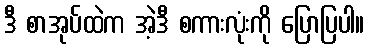
ဒီ စာအုပ်ထဲက အဲ့ဒီ စကားလုံးကို ပြောပြပါ။